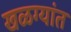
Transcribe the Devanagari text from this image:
खळग्यांत